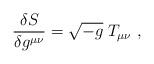
LaTeX: \begin{align*}{\delta S \over \delta g^{\mu\nu}} = \sqrt {-g}\; T_{\mu\nu}\ ,\end{align*}